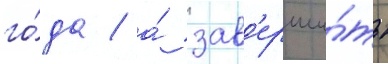
го́да / а́ зав'ерши́ть